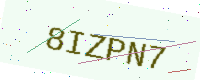
Text: 8IZPN7